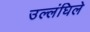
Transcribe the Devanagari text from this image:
उल्लंघिले